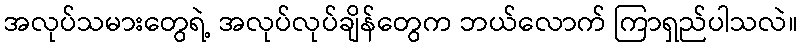
အလုပ်သမားတွေရဲ့ အလုပ်လုပ်ချိန်တွေက ဘယ်လောက် ကြာရှည်ပါသလဲ။